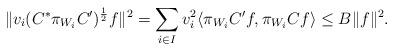
LaTeX: \begin{align*}\Vert v_{i}(C^{*}\pi_{W_{i}}C^{\prime})^{\frac{1}{2}}f \Vert^{2}=\sum _{i \in I} v_{i}^{2}\langle \pi_{W_{i}} C^{\prime}f, \pi _{W_{i}} C f\rangle\leq B \Vert f \Vert^{2}.\end{align*}